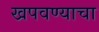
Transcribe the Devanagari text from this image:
खपवण्याचा